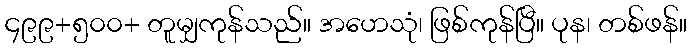
၄၉၉+၅၀၀+ တူမျှကုန်သည်။ အဟေသုံ၊ ဖြစ်ကုန်ပြီ။ ပုန၊ တစ်ဖန်။